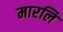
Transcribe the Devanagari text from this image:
मारलि